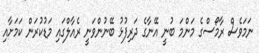
ނަމަވެސް ރާމޯސްގެ މަންމަ ބުނީ އޭނާގެ ދަރިފުޅު ބޭނުންވަނީ ރެއާލްގައި މަޑުކުރަން ކަމަށާއި